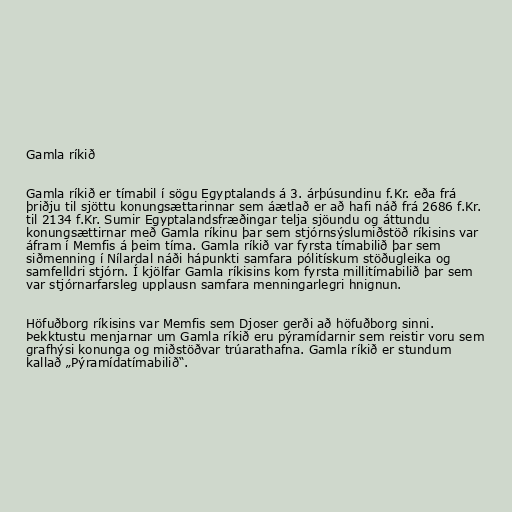
Gamla ríkið

Gamla ríkið er tímabil í sögu Egyptalands á 3. árþúsundinu f.Kr. eða frá
þriðju til sjöttu konungsættarinnar sem áætlað er að hafi náð frá 2686 f.Kr.
til 2134 f.Kr. Sumir Egyptalandsfræðingar telja sjöundu og áttundu
konungsættirnar með Gamla ríkinu þar sem stjórnsýslumiðstöð ríkisins var
áfram í Memfis á þeim tíma. Gamla ríkið var fyrsta tímabilið þar sem
siðmenning í Nílardal náði hápunkti samfara pólitískum stöðugleika og
samfelldri stjórn. Í kjölfar Gamla ríkisins kom fyrsta millitímabilið þar sem
var stjórnarfarsleg upplausn samfara menningarlegri hnignun.

Höfuðborg ríkisins var Memfis sem Djoser gerði að höfuðborg sinni.
Þekktustu menjarnar um Gamla ríkið eru pýramídarnir sem reistir voru sem
grafhýsi konunga og miðstöðvar trúarathafna. Gamla ríkið er stundum
kallað „Pýramídatímabilið“.